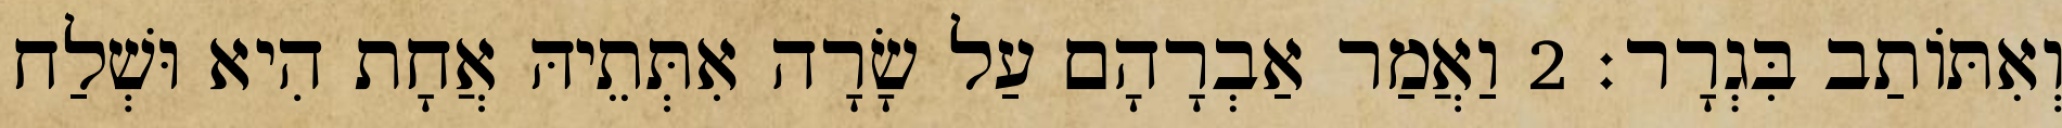
וְאִתּוֹתַב בִּגְרָר׃ 2 וַאֲמַר אַבְרָהָם עַל שָׂרָה אִתְּתֵיהּ אֲחָת הִיא וּשְׁלַח